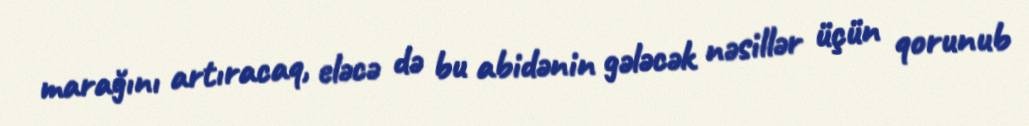
marağını artıracaq, eləcə də bu abidənin gələcək nəsillər üçün qorunub